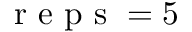
\textrm { r e p s } = 5